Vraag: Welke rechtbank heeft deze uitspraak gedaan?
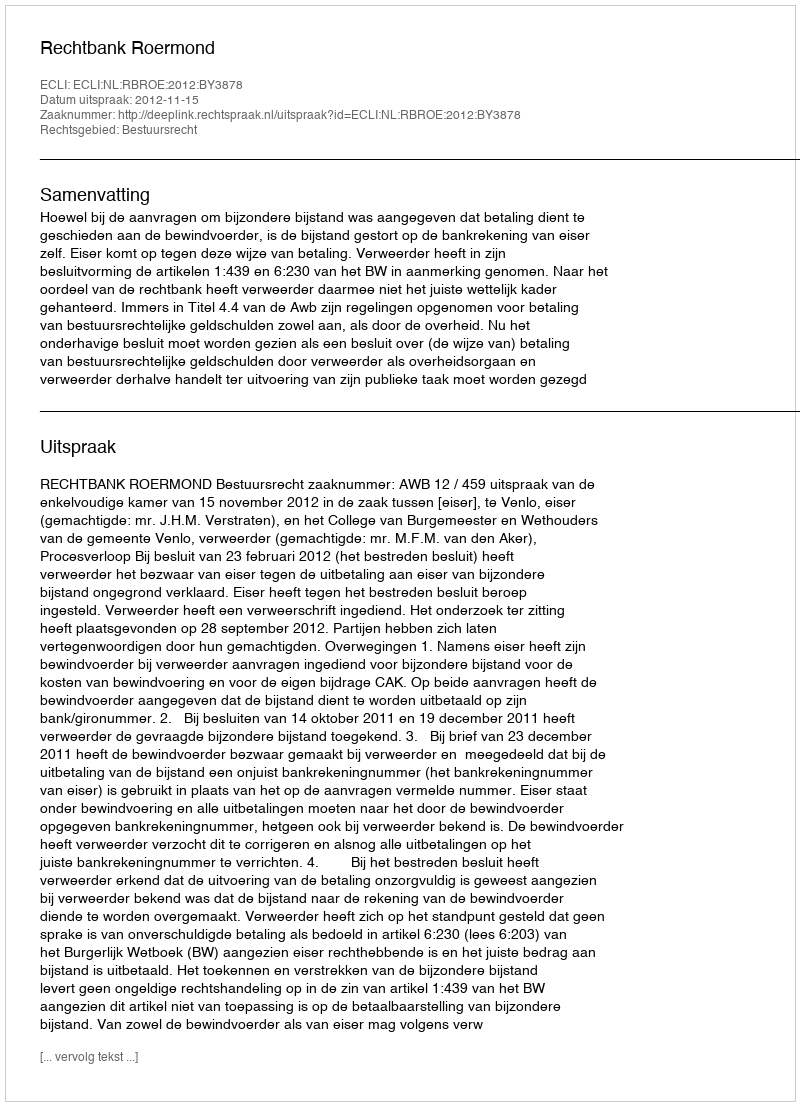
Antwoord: Rechtbank Roermond